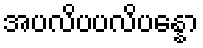
အပလိပပလိပန္နော